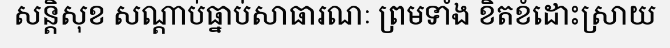
សន្តិសុខ សណ្តាប់ធ្នាប់សាធារណៈ ព្រមទាំង ខិតខំដោះស្រាយ